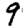
Digit: 9